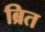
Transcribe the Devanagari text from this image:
ब्रित